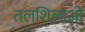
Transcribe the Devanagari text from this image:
तलशिलाओं